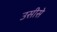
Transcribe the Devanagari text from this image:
उसीसे